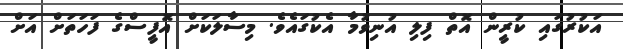
އަކުރުގައި ކުރީން އޮތް ފިލި އުނިވުމާ އެކުގައެވެ. މިސާލަކަށް އޮފީސްގެ ފަހަތަށް އަށް